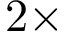
2 \times